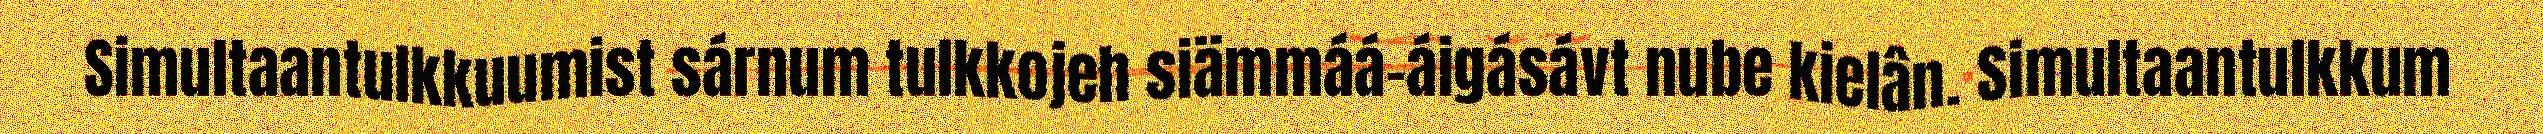
Simultaantulkkuumist sárnum tulkkojeh siämmáá-áigásávt nube kielân. Simultaantulkkum